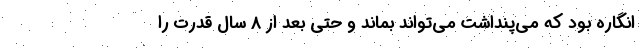
انگاره بود که می‌پنداشت می‌تواند بماند و حتی بعد از 8 سال قدرت را